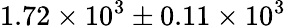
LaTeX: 1.72\times 10^{3}\pm{0.11\times 10^{3}}